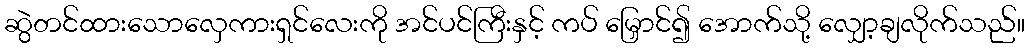
ဆွဲတင်ထားသောလှေကားရှင်လေးကို အင်ပင်ကြီးနှင့် ကပ် မြှောင်၍ အောက်သို့ လျှော့ချလိုက်သည်။